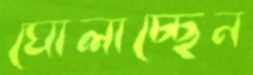
ঘোলাচ্ছেন